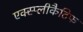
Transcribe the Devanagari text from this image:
एक्स्प्लीकैटिफ